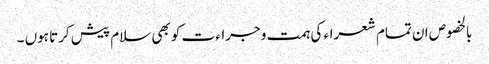
بالخصوص ان تمام شعراء کی ہمت و جراءت کو بھی سلام پیش کرتا ہوں ۔